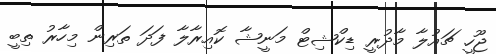
ޖޫހީ ޗައުލާ މާދުރީ ޑިކްޝިޓް މަނީޝާ ކޮއިރާލާ ފަދަ ތަރިން މިހާރު ތިބީ